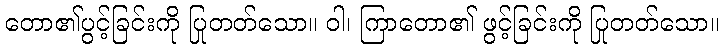
တော၏ပွင့်ခြင်းကို ပြုတတ်သော။ ဝါ၊ ကြာတော၏ ဖွင့်ခြင်းကို ပြုတတ်သော။